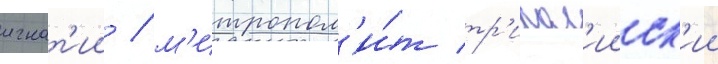
игнат'ии / м'итропол'и́т тр'ипол'ииск'ии